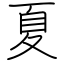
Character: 夏